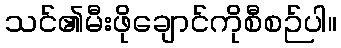
သင်၏မီးဖိုချောင်ကိုစီစဉ်ပါ။